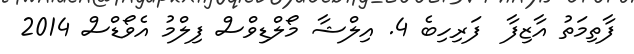
ފާތިމަތު އާޒިފާ  ފަރިހިބެ 4. އިލްޝާ މޯލްޑިވްސް ފިލްމު އެވޯޑްސް 2014